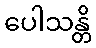
ပေါသန္တိ